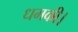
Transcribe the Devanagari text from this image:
धमकी।